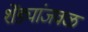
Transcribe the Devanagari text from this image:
शेंड्यांजवळ